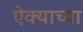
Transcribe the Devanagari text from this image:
ऐक्याच्या